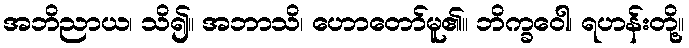
အဘိညာယ၊ သိ၍။ အဘာသိ၊ ဟောတော်မူ၏။ ဘိက္ခဝေါ၊ ရဟန်းတို့။